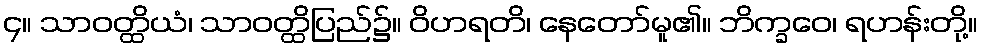
၄။ သာဝတ္ထိယံ၊ သာဝတ္ထိပြည်၌။ ဝိဟရတိ၊ နေတော်မူ၏။ ဘိက္ခဝေ၊ ရဟန်းတို့။